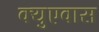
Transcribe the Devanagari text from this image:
क्युएवास